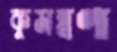
কুমন্ত্রণা